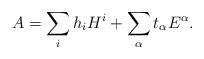
LaTeX: \begin{align*}A = \sum_i h_i H^i + \sum_\alpha t_\alpha E^\alpha.\end{align*}